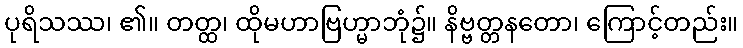
ပုရိသဿ၊ ၏။ တတ္ထ၊ ထိုမဟာဗြဟ္မာဘုံ၌။ နိဗ္ဗတ္တနတော၊ ကြောင့်တည်း။